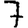
Digit: 7